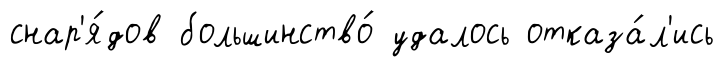
снар'я́дов большинство́ удалось отказа́л'ись